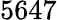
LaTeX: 5647